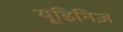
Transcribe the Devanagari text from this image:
यूडिनिज़